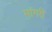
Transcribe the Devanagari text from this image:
मांगरी